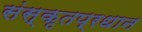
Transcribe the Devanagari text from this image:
संस्कृतप्रधान